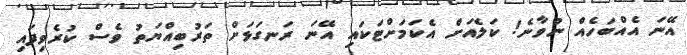
އޭނަ އެއްބަހެއް ނުވާނެ! ކަލެއަށް އެކަމަށްޓަކައި އޭނަ ރަނގަޅަށް ތަރުބިއްޔަތު ވެސް ކުރެވިފައި